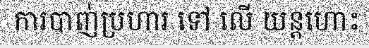
ការបាញ់ប្រហារ ទៅ លើ យន្តហោះ